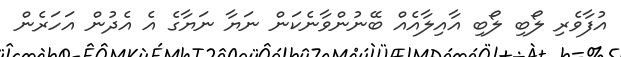
އުފާވެރި ލޯބި ލޯބި އާއިލާއެއް ބޭނުންވާނެކަން ނަޔާ ނަޔާގެ އެ އެދުން އަހަރެން